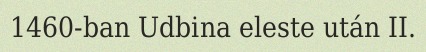
1460-ban Udbina eleste után II.